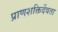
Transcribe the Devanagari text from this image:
प्राणशक्तिर्देवता